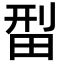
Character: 𬏄